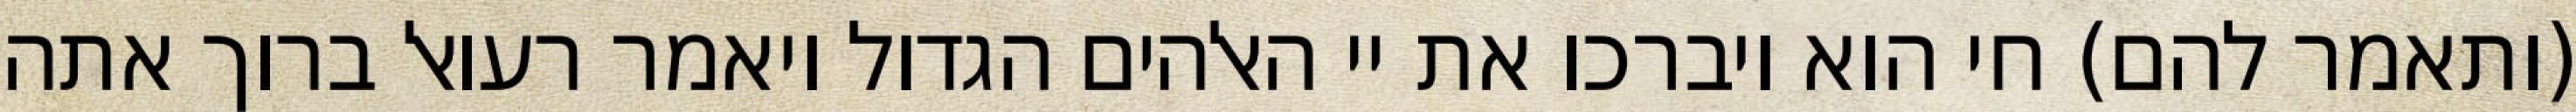
(ותאמר להם) חי הוא ויברכו את יי האלהים הגדול ויאמר רעואל ברוך אתה